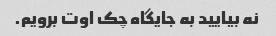
نه بیایید به جایگاه چک اوت برویم.